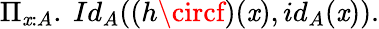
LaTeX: \Pi_{\mathit{x}:A}.\ Id_{A}((h\circf)(\mathit{x}),id_{A}(\mathit{x})).